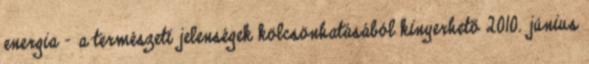
energia - a természeti jelenségek kölcsönhatásából kinyerhető 2010. június